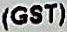
(GST)